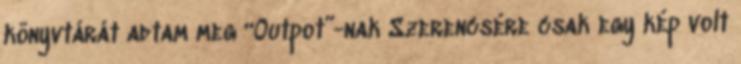
könyvtárát adtam meg “Outpot”-nak Szerencsére csak egy kép volt